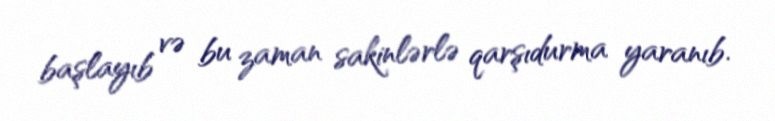
başlayıb və bu zaman sakinlərlə qarşıdurma yaranıb.